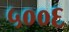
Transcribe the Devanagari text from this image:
५००६